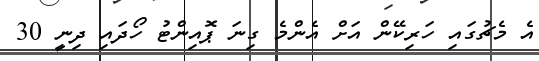
އެ މެޗުގައި ހަރިކޭން އަށް އެންމެ ގިނަ ޕޮއިންޓު ހޯދައި ދިނީ 30